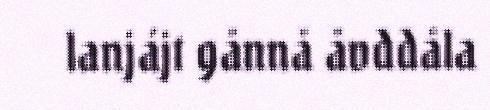
lanjájt gånnå åvddåla